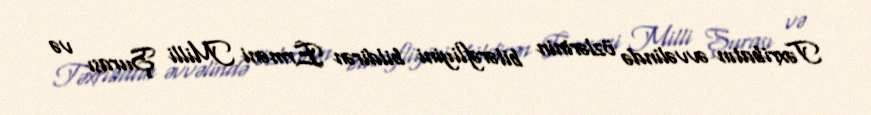
Təxribatın əvvəlində özlərinin bitərəfliyini bildirən Erməni Milli Şurası və